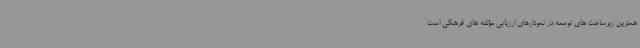
همترین زیرساخت های توسعه در نمودارهای ارزیابی مؤلفه های فرهنگی است